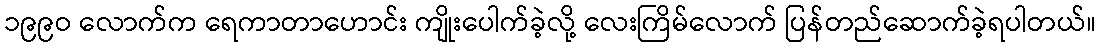
၁၉၉ဝ လောက်က ရေကာတာဟောင်း ကျိုးပေါက်ခဲ့လို့ လေးကြိမ်လောက် ပြန်တည်ဆောက်ခဲ့ရပါတယ်။